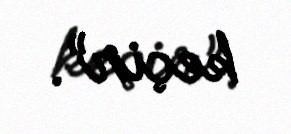
keçir”.